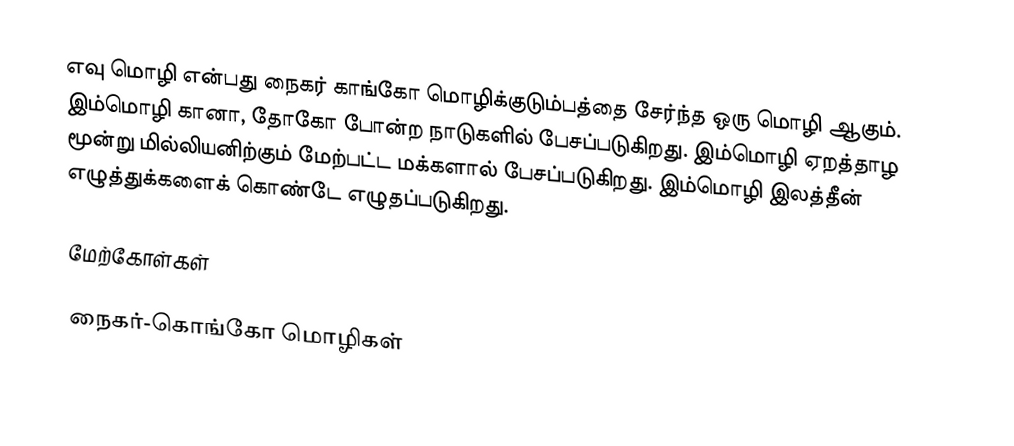
எவு மொழி என்பது நைகர் காங்கோ மொழிக்குடும்பத்தை சேர்ந்த ஒரு மொழி ஆகும். இம்மொழி கானா, தோகோ போன்ற நாடுகளில் பேசப்படுகிறது. இம்மொழி ஏறத்தாழ மூன்று மில்லியனிற்கும் மேற்பட்ட மக்களால் பேசப்படுகிறது. இம்மொழி இலத்தீன் எழுத்துக்களைக் கொண்டே எழுதப்படுகிறது.

மேற்கோள்கள்

நைகர்-கொங்கோ மொழிகள்